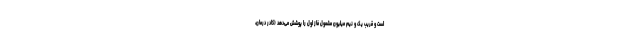
است و قریب یک و نیم میلیون مشمول فاز اول را پوشش می‌دهد (کادر درمان،